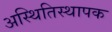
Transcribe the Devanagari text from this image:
अस्थितिस्थापक